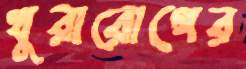
খুরারোগের